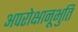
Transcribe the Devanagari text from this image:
अपरोक्षानूभुति